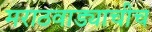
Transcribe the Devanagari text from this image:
मराठवाड्याचीच